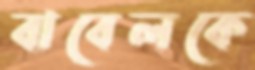
বাবেলকে